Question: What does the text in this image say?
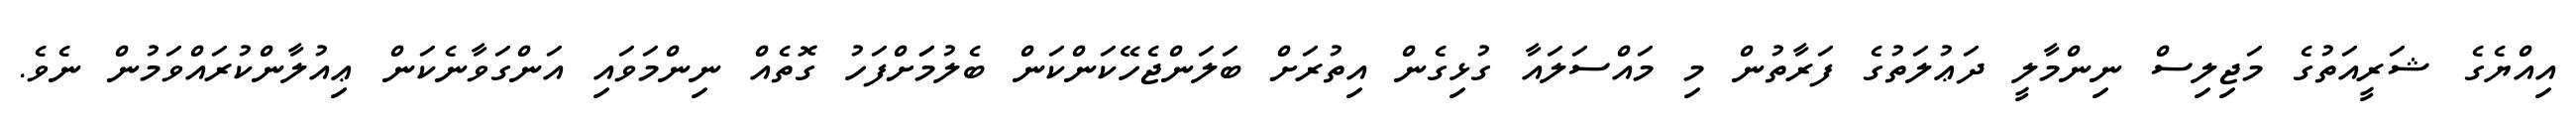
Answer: އިއްޔެގެ ޝަރީއަތުގެ މަޖިލިސް ނިންމާލީ ދަޢުލަތުގެ ފަރާތުން މި މައްސަލައާ ގުޅިގެން އިތުރަށް ބަލަންޖެހޭކަންކަން ބެލުމަަށްފަހު ގޮތެއް ނިންމަވައި އަންގަވާނެކަން ޢިއުލާންކުރައްވަމުން ނެވެ.